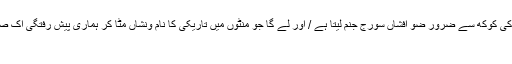
اور یہ حتمی بات ہے کہ اس تاریکی کی کوکھ سے ضرور ضو افشاں سورج جنم لیتا ہے / اور لے گا جو منٹوں میں تاریکی کا نام ونشاں مٹا کر ہماری پیش رفتگی اک صبح دو بالا کی طرف کر دے گا ___
بلاشبہ!